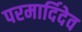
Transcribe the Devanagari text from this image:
परमार्दिदेव